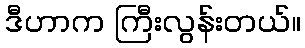
ဒီဟာက ကြီးလွန်းတယ်။